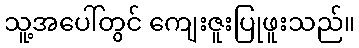
သူ့အပေါ်တွင် ကျေးဇူးပြုဖူးသည်။